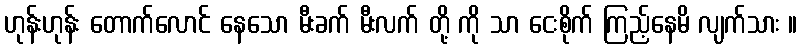
ဟုန်းဟုန်း တောက်လောင် နေသော မီးခက် မီးလက် တို့ ကို သာ ငေးစိုက် ကြည့်နေမိ လျက်သား ။